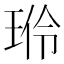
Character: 𬍦